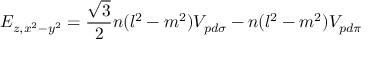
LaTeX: E _ { z , x ^ { 2 } - y ^ { 2 } } = { \frac { \sqrt { 3 } } { 2 } } n ( l ^ { 2 } - m ^ { 2 } ) V _ { p d \sigma } - n ( l ^ { 2 } - m ^ { 2 } ) V _ { p d \pi }